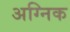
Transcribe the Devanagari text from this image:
अग्निक